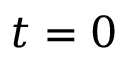
t = 0